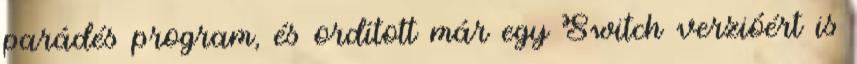
parádés program, és ordított már egy Switch verzióért is